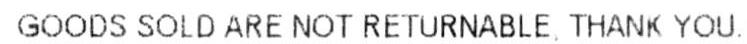
GOODS SOLD ARE NOT RETURNABLE, THANK YOU.